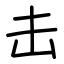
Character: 击